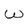
Character: W